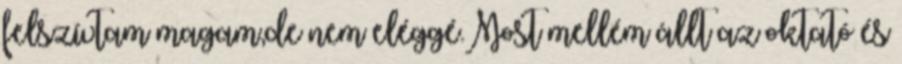
felszívtam magam,de nem eléggé.Most mellém állt az oktató és